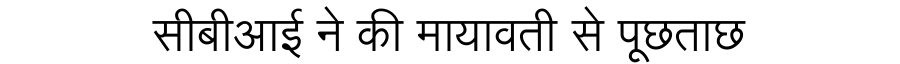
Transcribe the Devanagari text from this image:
सीबीआई ने की मायावती से पूछताछ